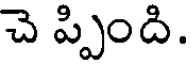
చె ప్పింది.